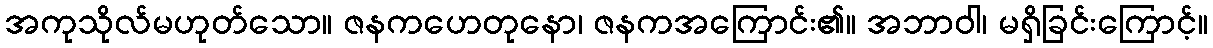
အကုသိုလ်မဟုတ်သော။ ဇနကဟေတုနော၊ ဇနကအကြောင်း၏။ အဘာဝါ၊ မရှိခြင်းကြောင့်။